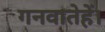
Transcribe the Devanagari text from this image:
गनवातेहें।